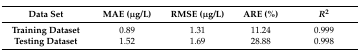
<table><thead><tr><td><b>Data Set</b></td><td><b>MAE (μg/L)</b></td><td><b>RMSE (μg/L)</b></td><td><b>ARE (%)</b></td><td><b><i>R</i><sup>2</sup></b></td></tr></thead><tbody><tr><td><b>Training Dataset</b></td><td>0.89</td><td>1.31</td><td>11.24</td><td>0.999</td></tr><tr><td><b>Testing Dataset</b></td><td>1.52</td><td>1.69</td><td>28.88</td><td>0.998</td></tr></tbody></table>